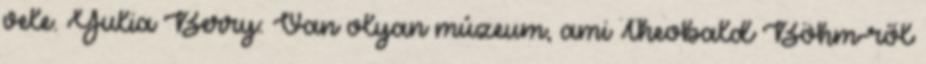
vele. Yulia Berry: Van olyan múzeum, ami Theobald Böhm-ről